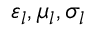
\varepsilon _ { l } , \mu _ { l } , \sigma _ { l }